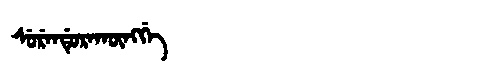
Manchu: ᠰᡠᡵᡝᠨᡩᡠᡵᠠᡴᡡᠩᡤᡝ
Romanization: SURENDURAKŪNGGE